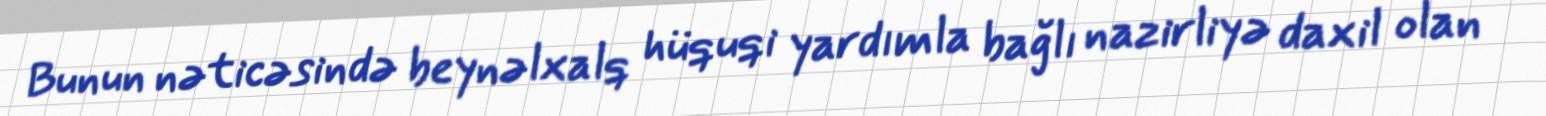
Bunun nəticəsində beynəlxalq hüquqi yardımla bağlı nazirliyə daxil olan